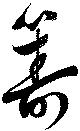
籌